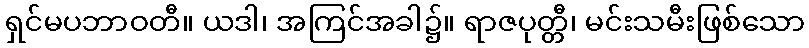
ရှင်မပဘာဝတီ။ ယဒါ၊ အကြင်အခါ၌။ ရာဇပုတ္တီ၊ မင်းသမီးဖြစ်သော